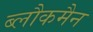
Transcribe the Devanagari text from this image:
ब्लौकमैन